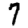
Digit: 7